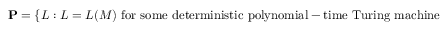
\mathbf { P } = \{ L : L = L ( M ) { \mathrm { ~ f o r ~ s o m e ~ d e t e r m i n i s t i c ~ p o l y n o m i a l - t i m e ~ T u r i n g ~ m a c h i n e ~ } } M \}